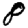
Digit: 8